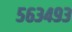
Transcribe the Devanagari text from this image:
५६३४९३